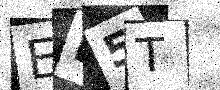
Text: ER5T